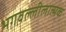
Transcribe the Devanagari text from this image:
भगवल्लीलात्मक